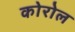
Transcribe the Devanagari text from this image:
कोरोल